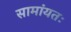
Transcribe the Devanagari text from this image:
सामांयतः